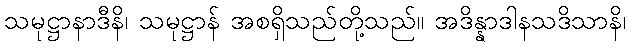
သမုဋ္ဌာနာဒီနိ၊ သမုဋ္ဌာန် အစရှိသည်တို့သည်။ အဒိန္နာဒါနသဒိသာနိ၊